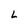
Character: L